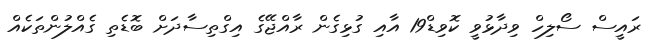
ރައީސް ސޯލިހް ވިދާޅުވީ ކޮވިޑް19 އާއި ގުޅިގެން ރާއްޖޭގެ އިގްތިސާދަށް ބޮޑެތި ގެއްލުންތަކެއް